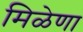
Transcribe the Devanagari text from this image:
मिळेणा